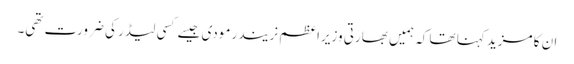
ان کا مزید کہنا تھا کہ ہمیں بھارتی وزیراعظم نریندر مودی جیسے کسی لیڈر کی ضرورت تھی۔